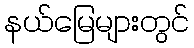
နယ်မြေများတွင်